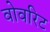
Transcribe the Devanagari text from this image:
वोवरिट